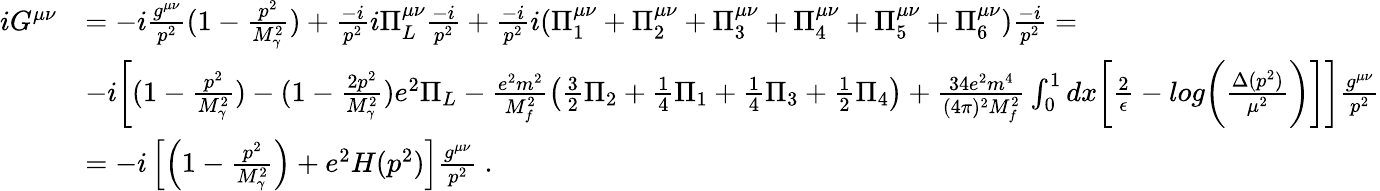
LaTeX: \begin{array}{rl}{iG^{\mu\nu}}&{=-i\frac{g^{\mu\nu}}{p^{2}}(1-\frac{p^{2}}{M_{\gamma}^{2}})+\frac{-i}{p^{2}}i\Pi_{L}^{\mu\nu}\frac{-i}{p^{2}}+\frac{-i}{p^{2}}i(\Pi_{1}^{\mu\nu}+\Pi_{2}^{\mu\nu}+\Pi_{3}^{\mu\nu}+\Pi_{4}^{\mu\nu}+\Pi_{5}^{\mu\nu}+\Pi_{6}^{\mu\nu})\frac{-i}{p^{2}}=}\\ &{-i\biggl[(1-\frac{p^{2}}{M_{\gamma}^{2}})-(1-\frac{2p^{2}}{M_{\gamma}^{2}})e^{2}\Pi_{L}-\frac{e^{2}m^{2}}{M_{f}^{2}}\bigl(\frac{3}{2}\Pi_{2}+\frac{1}{4}\Pi_{1}+\frac{1}{4}\Pi_{3}+\frac{1}{2}\Pi_{4}\big)+\frac{34e^{2}m^{4}}{(4\pi)^{2}M_{f}^{2}}\int_{0}^{1}dx\biggl[\frac{2}{\epsilon}-log\biggl(\frac{\Delta(p^{2})}{\mu^{2}}\biggr)\biggr]\biggr]\frac{g^{\mu\nu}}{p^{2}}}\\ &{=-i\left[\left(1-\frac{p^{2}}{M_{\gamma}^{2}}\right)+e^{2}H(p^{2})\right]\frac{g^{\mu\nu}}{p^{2}}\ .}\end{array}